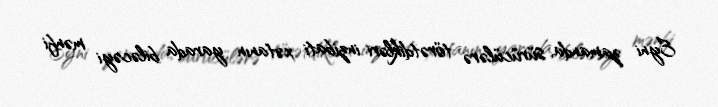
Eyni zamanda, sürücülərə törətdikləri inzibati xətanın yarada biləcəyi mənfi